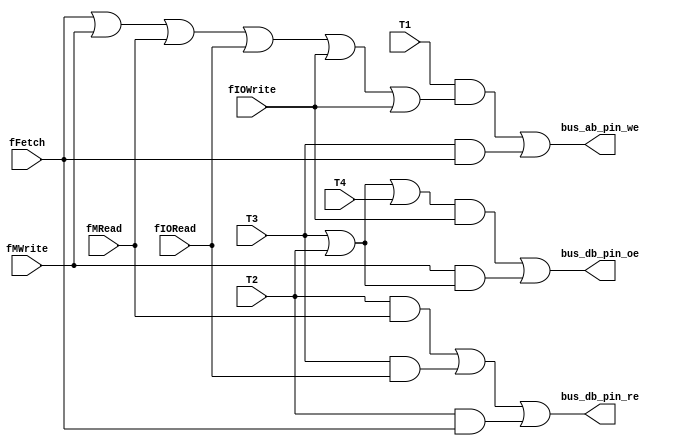
// Copyright (C) 1991-2013 Altera Corporation
// Your use of Altera Corporation's design tools, logic functions 
// and other software and tools, and its AMPP partner logic 
// functions, and any output files from any of the foregoing 
// (including device programming or simulation files), and any 
// associated documentation or information are expressly subject 
// to the terms and conditions of the Altera Program License 
// Subscription Agreement, Altera MegaCore Function License 
// Agreement, or other applicable license agreement, including, 
// without limitation, that your use is for the sole purpose of 
// programming logic devices manufactured by Altera and sold by 
// Altera or its authorized distributors.  Please refer to the 
// applicable agreement for further details.

// PROGRAM		"Quartus II 64-Bit"
// VERSION		"Version 13.0.1 Build 232 06/12/2013 Service Pack 1 SJ Web Edition"
// CREATED		"Sun Nov 16 21:18:37 2014"

module pin_control(
	fFetch,
	fMRead,
	fMWrite,
	fIORead,
	fIOWrite,
	T1,
	T2,
	T3,
	T4,
	bus_ab_pin_we,
	bus_db_pin_oe,
	bus_db_pin_re
);


input wire	fFetch;
input wire	fMRead;
input wire	fMWrite;
input wire	fIORead;
input wire	fIOWrite;
input wire	T1;
input wire	T2;
input wire	T3;
input wire	T4;
output wire	bus_ab_pin_we;
output wire	bus_db_pin_oe;
output wire	bus_db_pin_re;

wire	SYNTHESIZED_WIRE_0;
wire	SYNTHESIZED_WIRE_1;
wire	SYNTHESIZED_WIRE_2;
wire	SYNTHESIZED_WIRE_3;
wire	SYNTHESIZED_WIRE_4;
wire	SYNTHESIZED_WIRE_5;
wire	SYNTHESIZED_WIRE_6;
wire	SYNTHESIZED_WIRE_7;
wire	SYNTHESIZED_WIRE_8;
wire	SYNTHESIZED_WIRE_9;




assign	SYNTHESIZED_WIRE_9 = fFetch | fMWrite | fMRead | fIORead | fIOWrite | fIOWrite;

assign	SYNTHESIZED_WIRE_7 = T3 | T2;

assign	bus_db_pin_oe = SYNTHESIZED_WIRE_0 | SYNTHESIZED_WIRE_1;

assign	SYNTHESIZED_WIRE_3 = T3 & fIORead;

assign	bus_db_pin_re = SYNTHESIZED_WIRE_2 | SYNTHESIZED_WIRE_3 | SYNTHESIZED_WIRE_4;

assign	bus_ab_pin_we = SYNTHESIZED_WIRE_5 | SYNTHESIZED_WIRE_6;

assign	SYNTHESIZED_WIRE_8 = T2 | T3 | T4;

assign	SYNTHESIZED_WIRE_1 = fMWrite & SYNTHESIZED_WIRE_7;

assign	SYNTHESIZED_WIRE_0 = SYNTHESIZED_WIRE_8 & fIOWrite;

assign	SYNTHESIZED_WIRE_4 = T2 & fFetch;

assign	SYNTHESIZED_WIRE_2 = T2 & fMRead;

assign	SYNTHESIZED_WIRE_6 = T3 & fFetch;

assign	SYNTHESIZED_WIRE_5 = T1 & SYNTHESIZED_WIRE_9;


endmodule